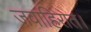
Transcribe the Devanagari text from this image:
जवाहिरात।